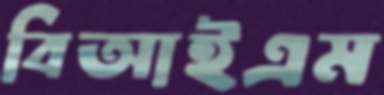
বিআইএম